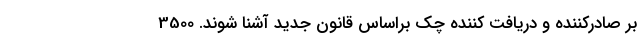
بر صادركننده و دريافت كننده چك براساس قانون جديد آشنا شوند. 3500